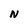
Character: N